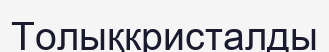
Толықкристалды